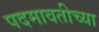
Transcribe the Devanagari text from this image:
पदमावतीच्या